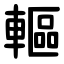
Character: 䡱